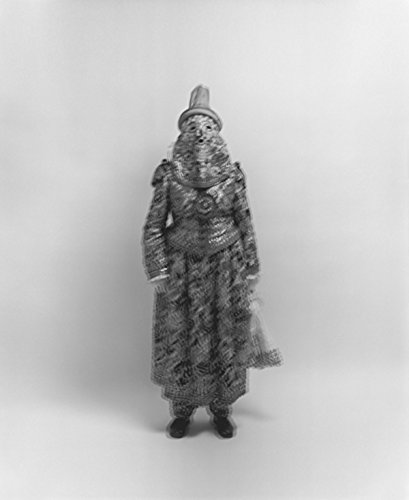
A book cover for Axel Hoedt: Dusk; Arts & Photography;